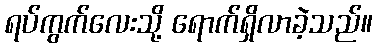
ရပ်ကွက်လေးသို့ ရောက်ရှိလာခဲ့သည်။